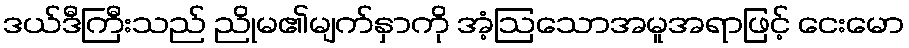
ဒယ်ဒီကြီးသည် ညိုမ၏မျက်နှာကို အံ့ဩသောအမူအရာဖြင့် ငေးမော